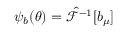
\psi _ { b } ( \theta ) = \hat { \mathcal { F } } ^ { - 1 } [ b _ { \mu } ]